system: You are a helpful assistant.
user:
Analyze the provided spectrum to determine if it is a **Carbon Star (C-type)**.

- **Key Visual Indicators of Carbon Star:**
    - **(Primary):** Strong molecular absorption from **C₂ (diatomic carbon) "Swan Bands."** This is the **defining feature** of a carbon star.
        - **(Key Bandheads):** Sharp absorption edges are visible at approximately $5635$ Å, $5165$ Å (the strongest band), and $4737$ Å.
        - **(Line Profile):** Creates a distinct **"saw-tooth"** pattern. The key morphology is a sharp, steep bandhead on the **red (long-wavelength) side**, which then gradually tapers off (i.e., flux recovers) towards the **blue (short-wavelength) side**. *(This is the direct opposite of the TiO bands seen in M-type stars)*.

    - **(Secondary):** Intense **CN (cyanogen)** molecular absorption bands.
        - **(Key Bandheads):** Located in the blue and violet regions of the spectrum (e.g., near $4215$ Å and $3883$ Å).
        - **(Morphology):** These bands are extremely broad and act as a "blanket," absorbing the vast majority of blue and violet light. This creates a characteristic **"cliff"** or **"steep drop-off"** in the spectrum's flux at short wavelengths.

    - **(Key Confirmation):** Strong **CH absorption band (G-band)**.
        - **(Key Bandhead):** Located around $4300$ Å. The contribution from CH molecules to this band is exceptionally strong.

    - **(Overall Spectrum):**
        - The continuum is severely "chopped up" by these deep molecular bands, especially C₂, rather than appearing as a smooth curve.
        - Due to the heavy CN and C₂ absorption in the blue-green, the vast majority of the star's flux is concentrated in the red part of the spectrum, giving the star its characteristic deep red color.

Think first, call **spectral_visualization_tool** if needed to examine features in detail, then provide your final answer. Your response must adhere to the following strict rules:
1.  **Overall Structure:** Your response must follow the format `<think>...</think> <tool_call>...</tool_call> (if a tool is used) <answer>...</answer>`.
2.  **Tool Usage Constraint:** You may only make **one** tool call per turn.
3.  **Final Answer Format:** In the `<answer>` tag, your conclusion must be inside a `\boxed{}` command (e.g., `\boxed{YES}`), followed by your justification.

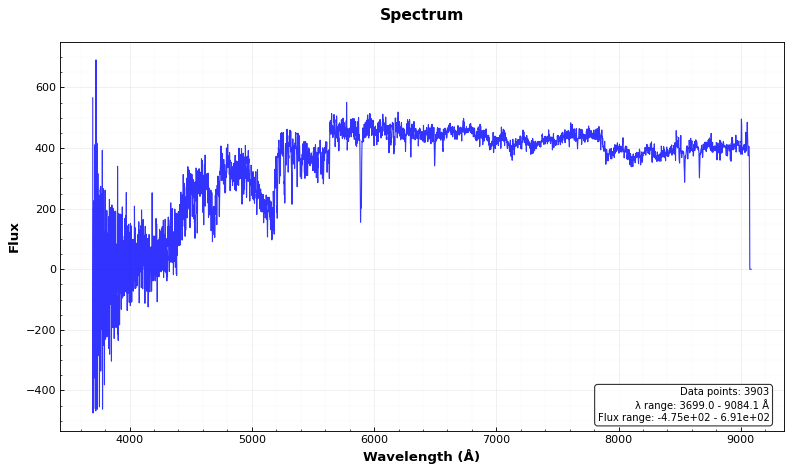
Answer: YES